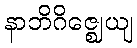
နာဘိဂိဇ္ဈေယျ